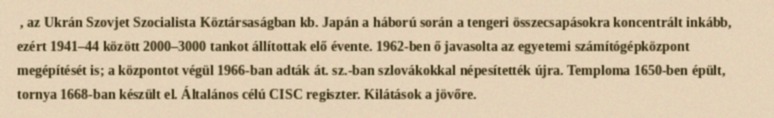
, az Ukrán Szovjet Szocialista Köztársaságban kb. Japán a háború során a tengeri összecsapásokra koncentrált inkább, ezért 1941–44 között 2000–3000 tankot állítottak elő évente. 1962-ben ő javasolta az egyetemi számítógépközpont megépítését is; a központot végül 1966-ban adták át. sz.-ban szlovákokkal népesítették újra. Temploma 1650-ben épült, tornya 1668-ban készült el. Általános célú CISC regiszter. Kilátások a jövőre.